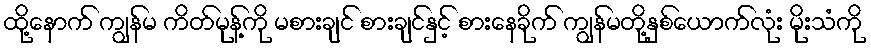
ထို့နောက် ကျွန်မ ကိတ်မုန့်ကို မစားချင် စားချင်နှင့် စားနေခိုက် ကျွန်မတို့နှစ်ယောက်လုံး မိုးသံကို